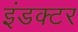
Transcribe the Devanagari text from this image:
इंडक्टर